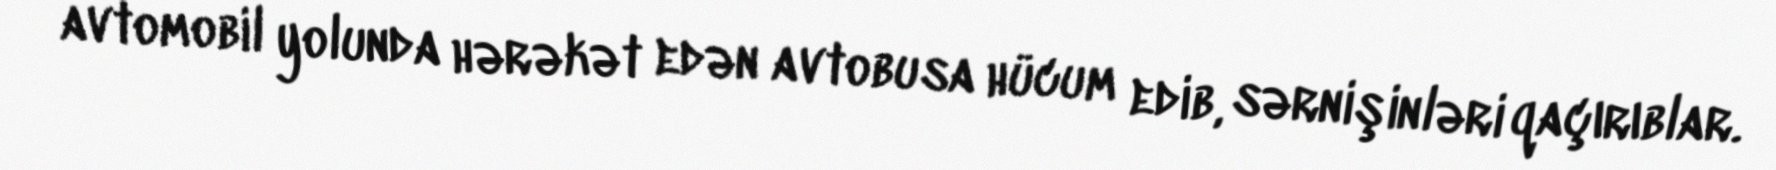
avtomobil yolunda hərəkət edən avtobusa hücum edib, sərnişinləri qaçırıblar.